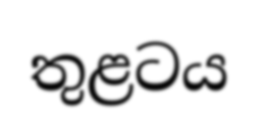
තුළටය